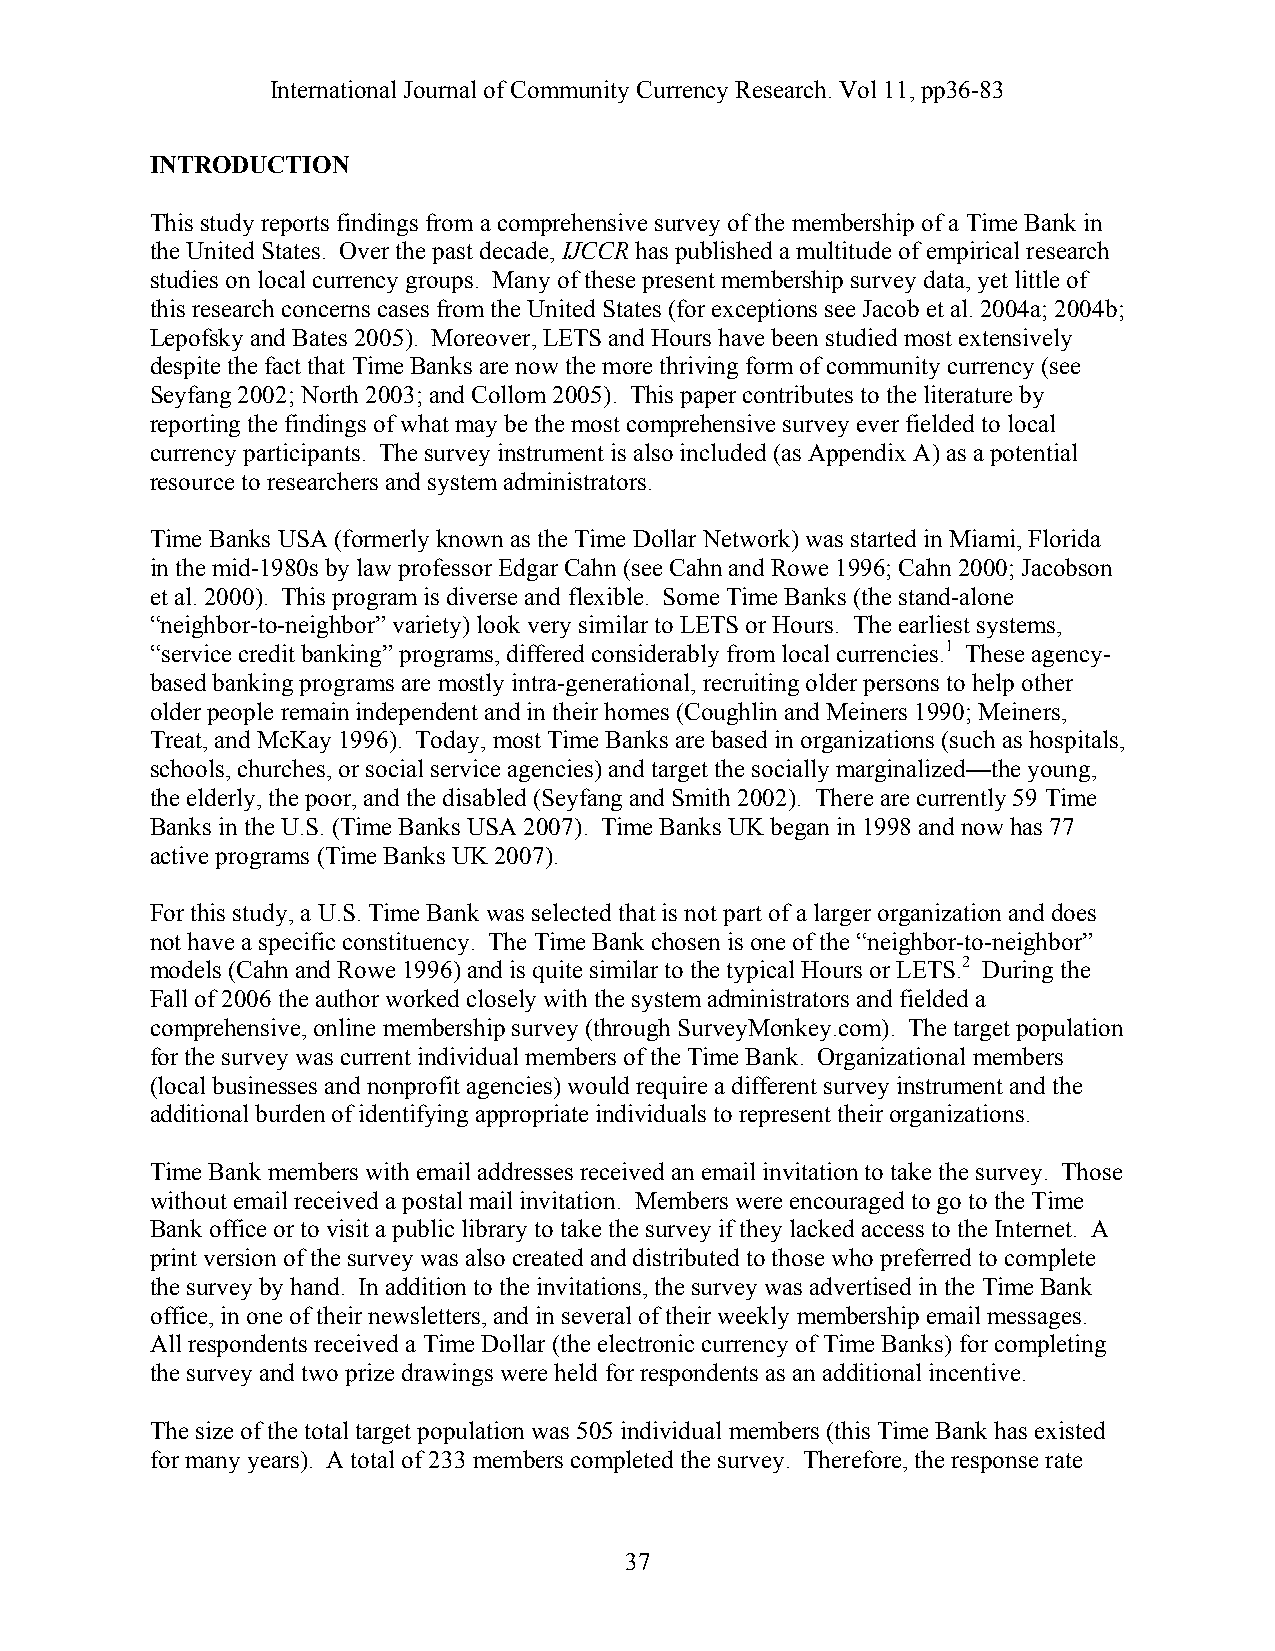
International Journal of Community Currency Research. Vol 11, pp36-83
 INTRODUCTION
 This study reports findings from a comprehensive survey of the membership of a Time Bank in
 the United States. Over the past decade, IJCCR has published a multitude of empirical research
 studies on local currency groups. Many of these present membership survey data, yet little of
 this research concerns cases from the United States (for exceptions see Jacob et al. 2004a; 2004b;
 Lepofsky and Bates 2005). Moreover, LETS and Hours have been studied most extensively
 despite the fact that Time Banks are now the more thriving form of community currency (see
 Seyfang 2002; North 2003; and Collom 2005). This paper contributes to the literature by
 reporting the findings of what may be the most comprehensive survey ever fielded to local
 currency participants. The survey instrument is also included (as Appendix A) as a potential
 resource to researchers and system administrators.
 Time Banks USA (formerly known as the Time Dollar Network) was started in Miami, Florida
 in the mid-1980s by law professor Edgar Cahn (see Cahn and Rowe 1996; Cahn 2000; Jacobson
 et al. 2000). This program is diverse and flexible. Some Time Banks (the stand-alone
 “neighbor-to-neighbor” variety) look very similar to LETS or Hours. The earliest systems,
 “service credit banking” programs, differed considerably from local currencies.1 These agency-
 based banking programs are mostly intra-generational, recruiting older persons to help other
 older people remain independent and in their homes (Coughlin and Meiners 1990; Meiners,
 Treat, and McKay 1996). Today, most Time Banks are based in organizations (such as hospitals,
 schools, churches, or social service agencies) and target the socially marginalized—the young,
 the elderly, the poor, and the disabled (Seyfang and Smith 2002). There are currently 59 Time
 Banks in the U.S. (Time Banks USA 2007). Time Banks UK began in 1998 and now has 77
 active programs (Time Banks UK 2007).
 For this study, a U.S. Time Bank was selected that is not part of a larger organization and does
 not have a specific constituency. The Time Bank chosen is one of the “neighbor-to-neighbor”
 models (Cahn and Rowe 1996) and is quite similar to the typical Hours or LETS.2 During the
 Fall of 2006 the author worked closely with the system administrators and fielded a
 comprehensive, online membership survey (through SurveyMonkey.com). The target population
 for the survey was current individual members of the Time Bank. Organizational members
 (local businesses and nonprofit agencies) would require a different survey instrument and the
 additional burden of identifying appropriate individuals to represent their organizations.
 Time Bank members with email addresses received an email invitation to take the survey. Those
 without email received a postal mail invitation. Members were encouraged to go to the Time
 Bank office or to visit a public library to take the survey if they lacked access to the Internet. A
 print version of the survey was also created and distributed to those who preferred to complete
 the survey by hand. In addition to the invitations, the survey was advertised in the Time Bank
 office, in one of their newsletters, and in several of their weekly membership email messages.
 All respondents received a Time Dollar (the electronic currency of Time Banks) for completing
 the survey and two prize drawings were held for respondents as an additional incentive.
 The size of the total target population was 505 individual members (this Time Bank has existed
 for many years). A total of 233 members completed the survey. Therefore, the response rate
 37